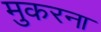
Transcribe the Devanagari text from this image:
मुकरना